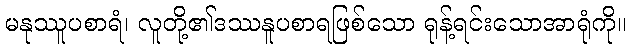
မနုဿူပစာရံ၊ လူတို့၏ဒဿနူပစာရဖြစ်သော ရုန့်ရင်းသောအာရုံကို။